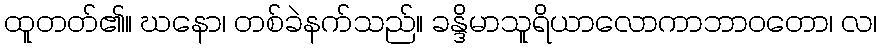
ထူတတ်၏။ ဃနော၊ တစ်ခဲနက်သည်။ ခန္ဒိမာသူရိယာလောကာဘာဝတော၊ လ၊